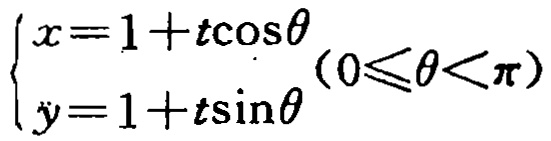
\(\begin{cases}x = 1 + t\cos\theta \\ y = 1 + t\sin\theta\end{cases}(0\leqslant\theta<\pi)\)